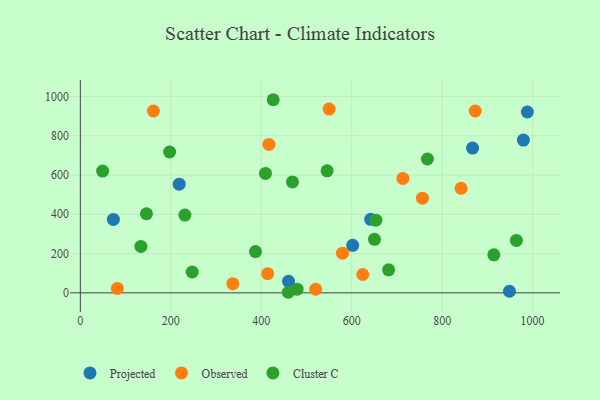
{"axis": {"x": "Investment", "y": "Demand"}, "legend": ["Cluster C", "Observed", "Projected"], "data": [{"x": "218.6", "y": 553.5, "type": "Projected"}, {"x": "73.1", "y": 374.0, "type": "Projected"}, {"x": "867.3", "y": 737.2, "type": "Projected"}, {"x": "988.5", "y": 920.9, "type": "Projected"}, {"x": "602.2", "y": 242.0, "type": "Projected"}, {"x": "460.4", "y": 58.5, "type": "Projected"}, {"x": "948.9", "y": 8.2, "type": "Projected"}, {"x": "642.0", "y": 374.5, "type": "Projected"}, {"x": "979.7", "y": 778.1, "type": "Projected"}, {"x": "756.5", "y": 482.1, "type": "Observed"}, {"x": "520.4", "y": 18.2, "type": "Observed"}, {"x": "417.0", "y": 755.9, "type": "Observed"}, {"x": "713.2", "y": 582.8, "type": "Observed"}, {"x": "161.6", "y": 925.9, "type": "Observed"}, {"x": "624.5", "y": 93.5, "type": "Observed"}, {"x": "841.9", "y": 532.1, "type": "Observed"}, {"x": "550.1", "y": 935.8, "type": "Observed"}, {"x": "337.1", "y": 46.9, "type": "Observed"}, {"x": "579.7", "y": 202.0, "type": "Observed"}, {"x": "873.2", "y": 926.0, "type": "Observed"}, {"x": "81.9", "y": 22.5, "type": "Observed"}, {"x": "414.3", "y": 97.4, "type": "Observed"}, {"x": "653.5", "y": 370.3, "type": "Cluster C"}, {"x": "49.3", "y": 619.9, "type": "Cluster C"}, {"x": "247.4", "y": 106.1, "type": "Cluster C"}, {"x": "133.9", "y": 236.3, "type": "Cluster C"}, {"x": "650.4", "y": 272.6, "type": "Cluster C"}, {"x": "459.8", "y": 2.9, "type": "Cluster C"}, {"x": "231.2", "y": 395.8, "type": "Cluster C"}, {"x": "197.4", "y": 717.1, "type": "Cluster C"}, {"x": "964.2", "y": 266.7, "type": "Cluster C"}, {"x": "387.3", "y": 209.9, "type": "Cluster C"}, {"x": "146.2", "y": 402.8, "type": "Cluster C"}, {"x": "681.7", "y": 117.3, "type": "Cluster C"}, {"x": "409.4", "y": 608.0, "type": "Cluster C"}, {"x": "479.3", "y": 18.7, "type": "Cluster C"}, {"x": "545.6", "y": 621.1, "type": "Cluster C"}, {"x": "767.5", "y": 681.6, "type": "Cluster C"}, {"x": "426.5", "y": 983.4, "type": "Cluster C"}, {"x": "469.1", "y": 564.6, "type": "Cluster C"}, {"x": "914.3", "y": 193.8, "type": "Cluster C"}]}